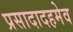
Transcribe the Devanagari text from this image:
प्रसादादहमेव